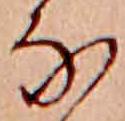
な